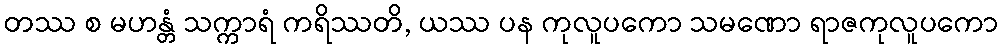
တဿ စ မဟန္တံ သက္ကာရံ ကရိဿတိ, ယဿ ပန ကုလူပကော သမဏော ရာဇကုလူပကော